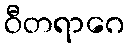
ဝီတရာဂေ